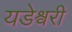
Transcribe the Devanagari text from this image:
यडेश्वरी